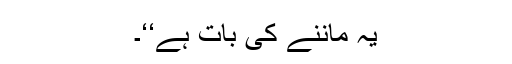
یہ ماننے کی بات ہے‘‘۔